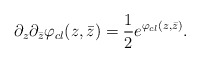
\begin{align*}\partial_z\partial_{\bar {z}}\varphi_{cl}(z,\bar{z})={1\over 2}e^{ \varphi_{cl}(z,\bar{z})}.\end{align*}